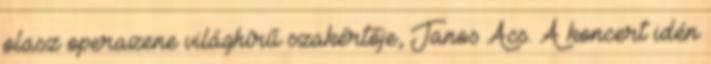
olasz operazene világhírű szakértője, Janos Acs. A koncert idén